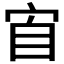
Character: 𭓫